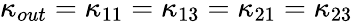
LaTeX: {{\kappa}_{out}}={{\kappa}_{11}}={{\kappa}_{13}}={{\kappa}_{21}}={{\kappa}_{23}}